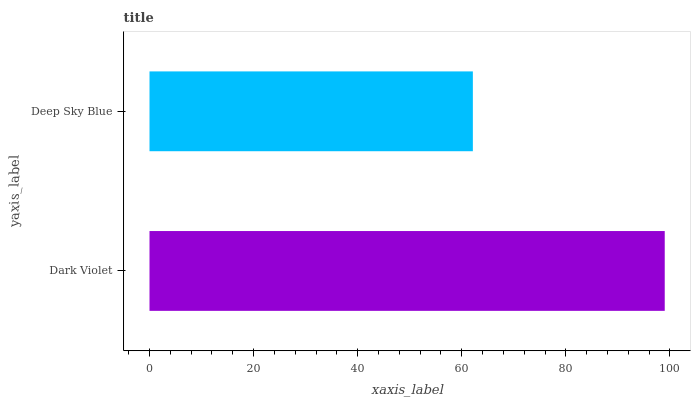
| yaxis_label | bars |
 | --- | --- |
 | Dark Violet | 99 |
 | Deep Sky Blue | 62.1 |